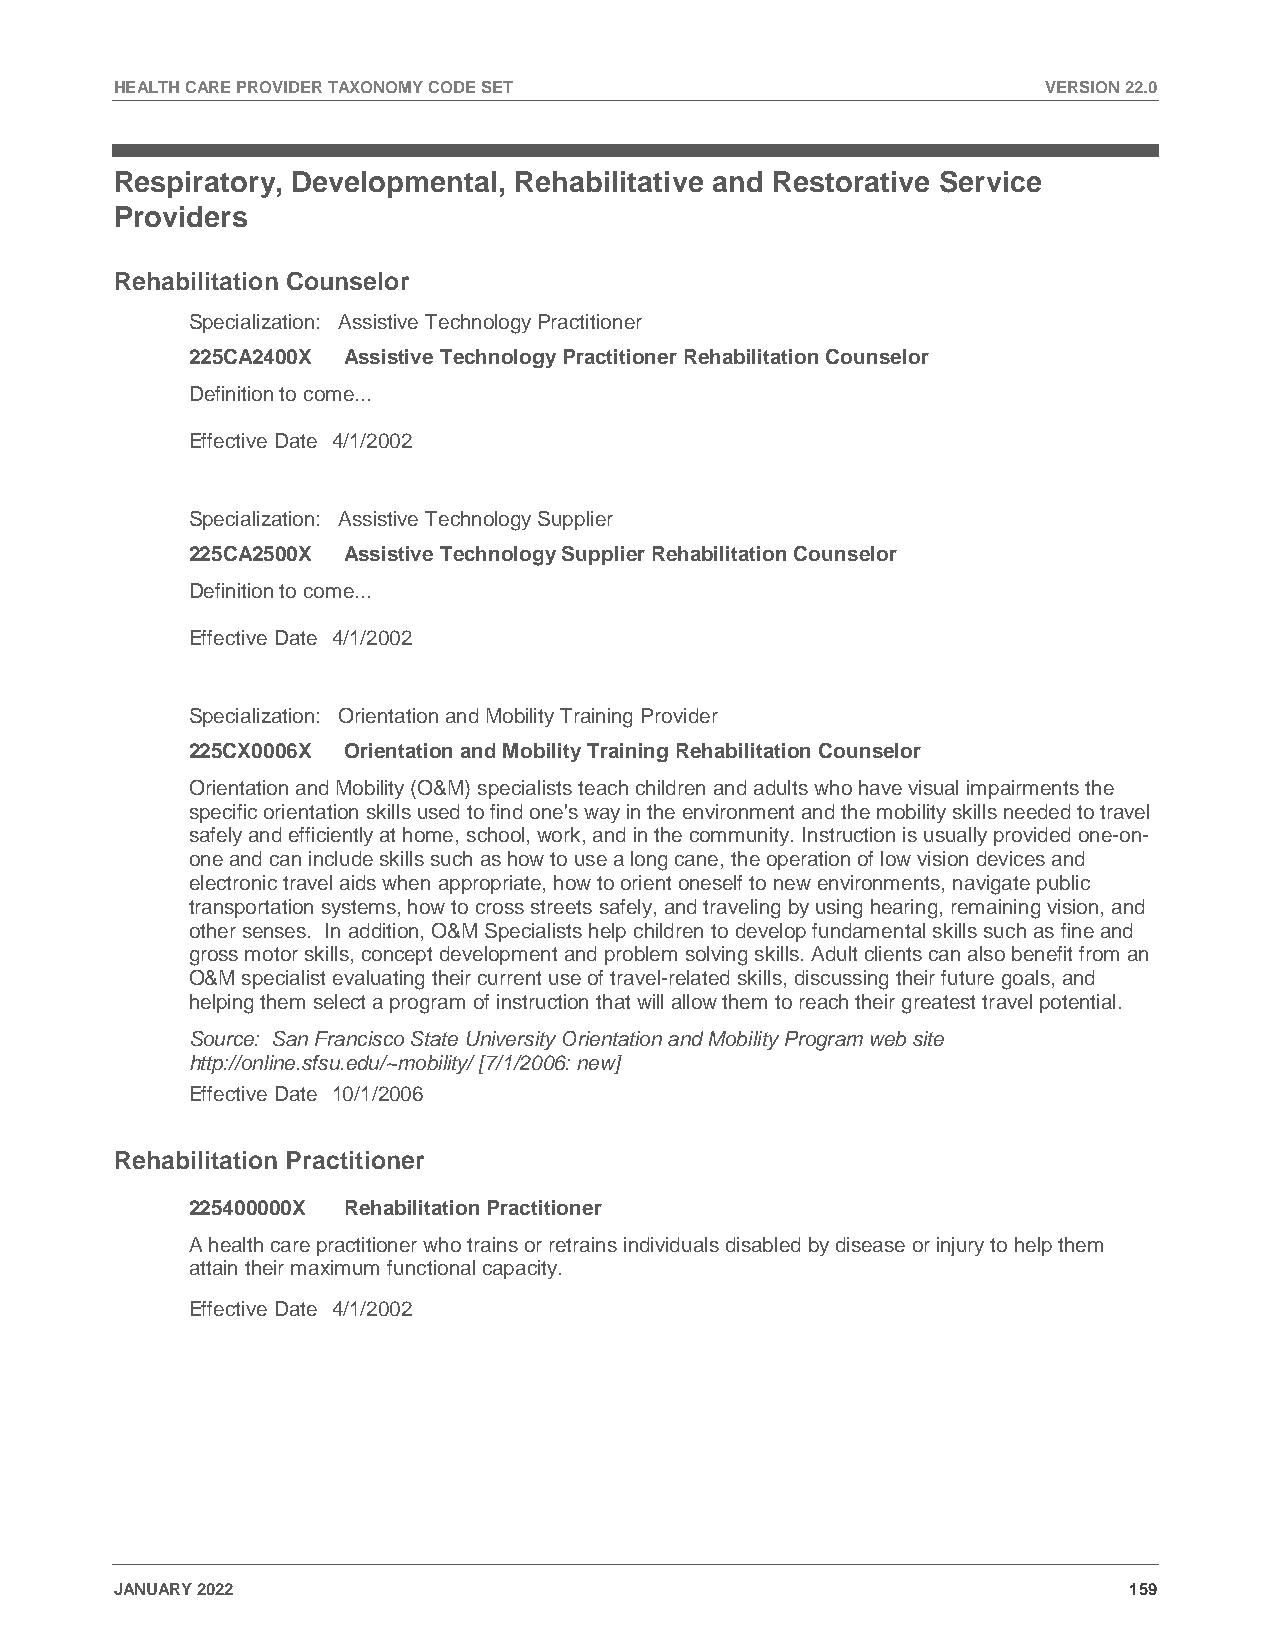
HEALTH CARE PROVIDER TAXONOMY CODE SET                       VERSION 22.0
 Respiratory, Developmental, Rehabilitative and Restorative Service
 Providers
 Rehabilitation Counselor
 Specialization: Assistive Technology Practitioner
 225CA2400X Assistive Technology Practitioner Rehabilitation Counselor
 Definition to come...
 Effective Date 4/1/2002
 Specialization: Assistive Technology Supplier
 225CA2500X Assistive Technology Supplier Rehabilitation Counselor
 Definition to come...
 Effective Date 4/1/2002
 Specialization: Orientation and Mobility Training Provider
 225CX0006X Orientation and Mobility Training Rehabilitation Counselor
 Orientation and Mobility (O&M) specialists teach children and adults who have visual impairments the
 specific orientation skills used to find one's way in the environment and the mobility skills needed to travel
 safely and efficiently at home, school, work, and in the community. Instruction is usually provided one-on-
 one and can include skills such as how to use a long cane, the operation of low vision devices and
 electronic travel aids when appropriate, how to orient oneself to new environments, navigate public
 transportation systems, how to cross streets safely, and traveling by using hearing, remaining vision, and
 other senses. In addition, O&M Specialists help children to develop fundamental skills such as fine and
 gross motor skills, concept development and problem solving skills. Adult clients can also benefit from an
 O&M specialist evaluating their current use of travel-related skills, discussing their future goals, and
 helping them select a program of instruction that will allow them to reach their greatest travel potential.
 Source: San Francisco State University Orientation and Mobility Program web site
 http://online.sfsu.edu/~mobility/ [7/1/2006: new]
 Effective Date 10/1/2006
 Rehabilitation Practitioner
 225400000X Rehabilitation Practitioner
 A health care practitioner who trains or retrains individuals disabled by disease or injury to help them
 attain their maximum functional capacity.
 Effective Date 4/1/2002
 JANUARY 2022                                                       159